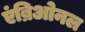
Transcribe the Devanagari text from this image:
एंब्रिओनल